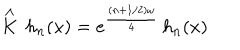
\stackrel { \wedge } { K } \, h _ { n } ( x ) = e ^ { \frac { ( n + 1 / 2 ) \omega } { 4 } } \, h _ { n } ( x )